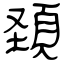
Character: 頚